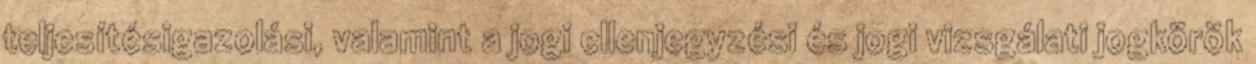
teljesítésigazolási, valamint a jogi ellenjegyzési és jogi vizsgálati jogkörök